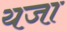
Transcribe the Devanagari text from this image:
यजा